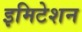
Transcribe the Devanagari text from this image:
इमिटेशन